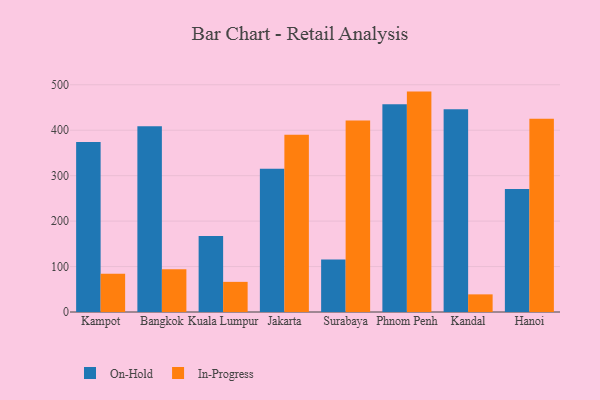
{"axis": {"x": "City", "y": "Latency (ms)"}, "legend": ["In-Progress", "On-Hold"], "data": [{"x": "Kampot", "y": 373.9, "type": "On-Hold"}, {"x": "Kampot", "y": 84.4, "type": "In-Progress"}, {"x": "Bangkok", "y": 409.0, "type": "On-Hold"}, {"x": "Bangkok", "y": 94.1, "type": "In-Progress"}, {"x": "Kuala Lumpur", "y": 167.3, "type": "On-Hold"}, {"x": "Kuala Lumpur", "y": 66.3, "type": "In-Progress"}, {"x": "Jakarta", "y": 315.5, "type": "On-Hold"}, {"x": "Jakarta", "y": 389.8, "type": "In-Progress"}, {"x": "Surabaya", "y": 115.8, "type": "On-Hold"}, {"x": "Surabaya", "y": 421.3, "type": "In-Progress"}, {"x": "Phnom Penh", "y": 457.3, "type": "On-Hold"}, {"x": "Phnom Penh", "y": 485.0, "type": "In-Progress"}, {"x": "Kandal", "y": 445.9, "type": "On-Hold"}, {"x": "Kandal", "y": 38.8, "type": "In-Progress"}, {"x": "Hanoi", "y": 270.8, "type": "On-Hold"}, {"x": "Hanoi", "y": 425.1, "type": "In-Progress"}]}